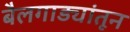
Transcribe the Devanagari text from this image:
बैलगाड्यांतून